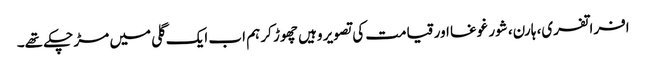
افراتفری، ہارن، شور غوغا اور قیامت کی تصویر وہیں چھوڑ کر ہم اب ایک گلی میں مڑ چکے تھے۔